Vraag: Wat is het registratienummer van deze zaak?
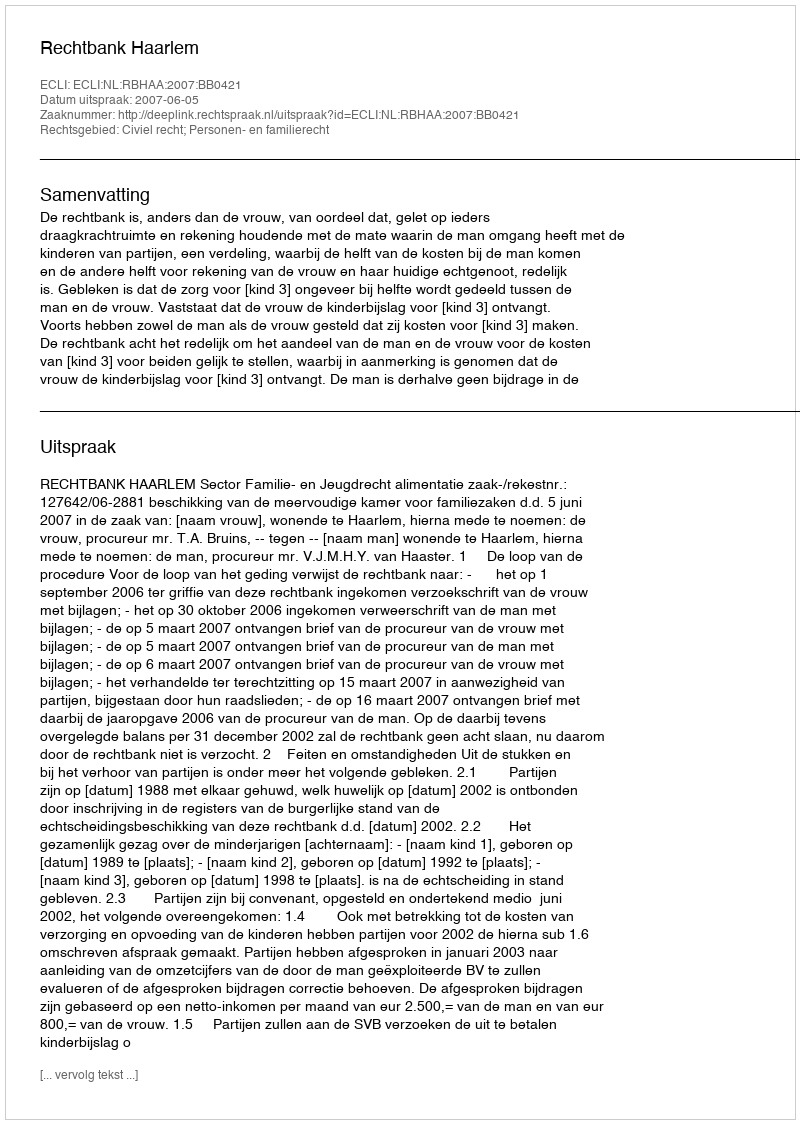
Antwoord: http://deeplink.rechtspraak.nl/uitspraak?id=ECLI:NL:RBHAA:2007:BB0421